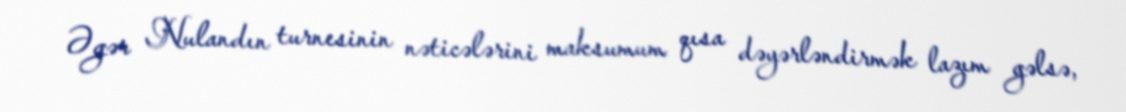
Əgər Nulandın turnesinin nəticələrini maksumum qısa dəyərləndirmək lazım gəlsə,